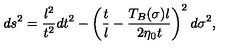
d s ^ { 2 } = \frac { l ^ { 2 } } { t ^ { 2 } } d t ^ { 2 } - \left( \frac t l - \frac { T _ { B } ( \sigma ) l } { 2 \eta _ { 0 } t } \right) ^ { 2 } d \sigma ^ { 2 } ,